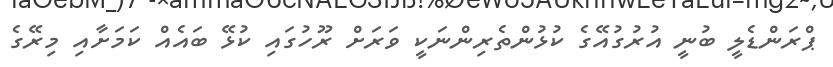
ޕްރަންޑެލީ ބުނީ އުރުގުއޭގެ ކުޅުންތެރިންނަކީ ވަރަށް ރޫހުގައި ކުޅޭ ބައެއް ކަމަށާއި މިރޭގެ